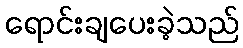
ရောင်းချပေးခဲ့သည်